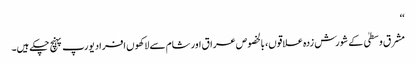
‘‘
مشرق وسطیٰ کے شورش زدہ علاقوں، بالخصوص عراق اور شام سے لاکھوں افراد یورپ پہنچ چکے ہیں۔